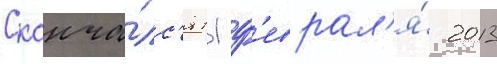
Сконча́лс'я 11 ф'еврал'я́ 2013